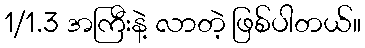
1/1.3 အကြီးနဲ့ လာတဲ့ ဖြစ်ပါတယ်။